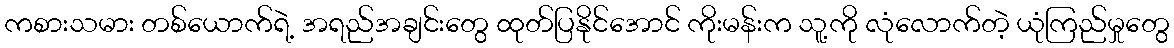
ကစားသမား တစ်ယောက်ရဲ့ အရည်အချင်းတွေ ထုတ်ပြနိုင်အောင် ကိုးမန်းက သူ့ကို လုံလောက်တဲ့ ယုံကြည်မှုတွေ